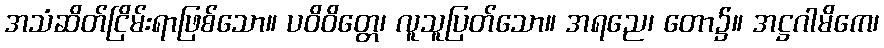
အသံဆိတ်ငြိမ်းရာဖြစ်သော။ ပဝိဝိတ္တေ၊ လူသူပြတ်သော။ အရညေ၊ တော၌။ အဋ္ဌဂါမိကေ၊